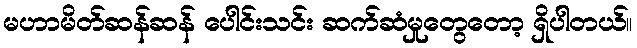
မဟာမိတ်ဆန်ဆန် ပေါင်းသင်း ဆက်ဆံမှုတွေတော့ ရှိပါတယ်။